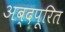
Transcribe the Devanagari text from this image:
अब्दपूरित